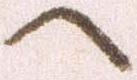
へ